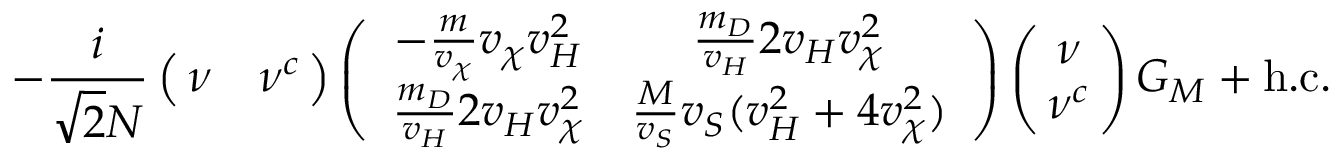
- \frac { i } { \sqrt { 2 } N } \left( \! \! \begin{array} { c c } { { \nu } } & { { \nu ^ { c } } } \end{array} \! \! \right) \left( \begin{array} { c c } { { - \frac m { v _ { \chi } } v _ { \chi } v _ { H } ^ { 2 } } } & { { \frac { m _ { D } } { v _ { H } } 2 v _ { H } v _ { \chi } ^ { 2 } } } \\ { { \frac { m _ { D } } { v _ { H } } 2 v _ { H } v _ { \chi } ^ { 2 } } } & { { \frac M { v _ { S } } v _ { S } ( v _ { H } ^ { 2 } + 4 v _ { \chi } ^ { 2 } ) } } \end{array} \right) \left( \! \! \begin{array} { c } { { \nu } } \\ { { \nu ^ { c } } } \end{array} \! \! \right) G _ { M } + \mathrm { h . c . }